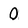
Character: 0